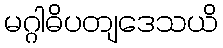
မဂ္ဂါဓိပတျဒေသယိ